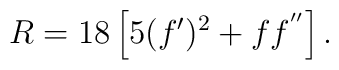
R= 18\left [5 (f')^2 + f f^{''}\right ].